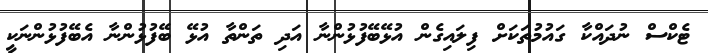
ޓެކްސް ނުދައްކާ ގައުމުތަކަށް ފިލައިގެން އުޅޭބޭފުޅުންނާ އަދި ތަންތާ އުޅޭ ބޭފުޅުންނާ އެބޭފުޅުންނަކީ